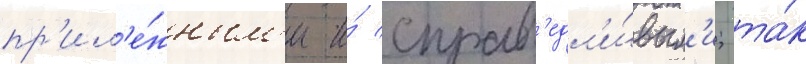
пр'ил'е́жным'и и́ справ'едл'и́вым'и; та́к